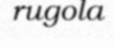
rugola